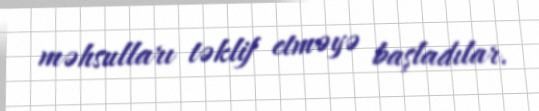
məhsulları təklif etməyə başladılar.